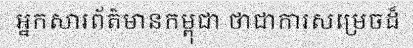
អ្នកសារព័ត៌មានកម្ពុជា ថាជាការសម្រេចដ៏